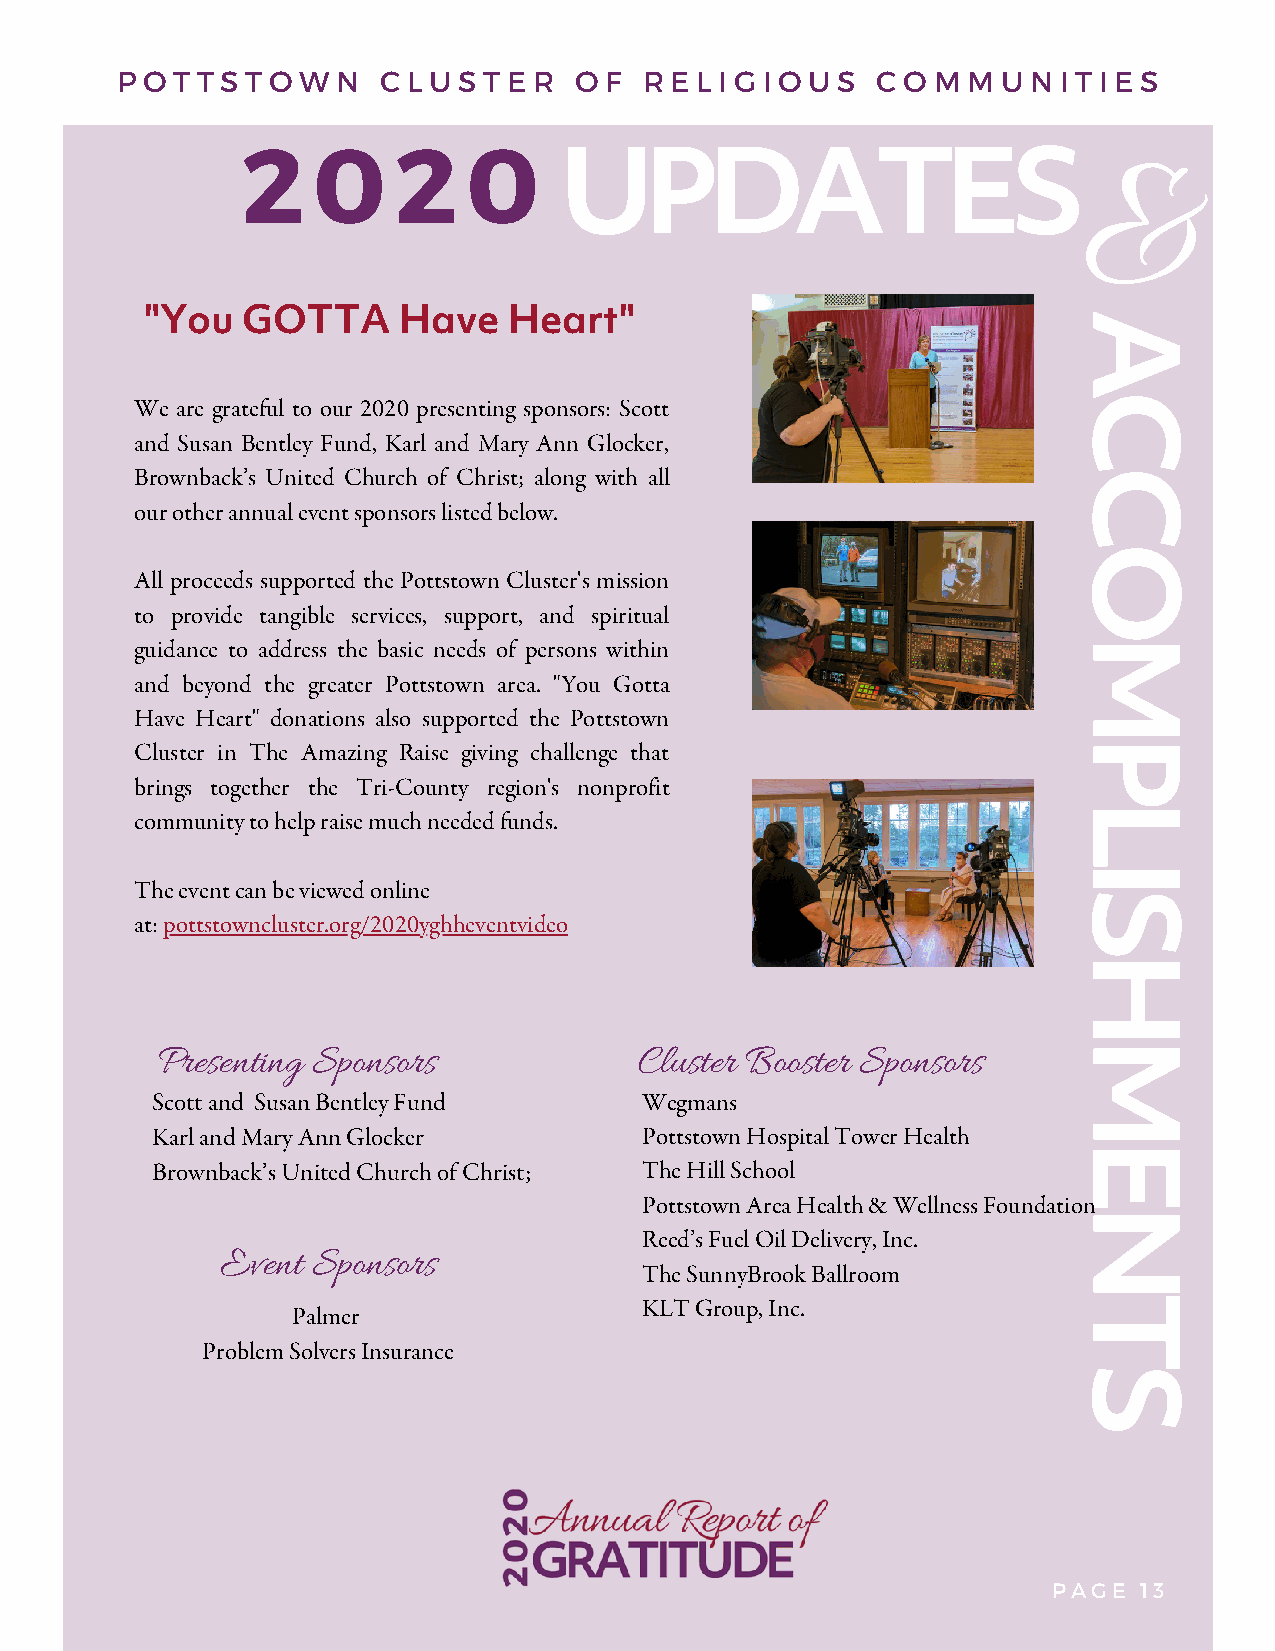
P O T T S T O W N C L U S T E R O F R E L I G I O U S C O M M U N I T I E S
 2    0    2    0
 UPDATES
 &
 "You  GOTTA     Have    Heart"                              A
 C
 We are grateful to our 2020 presenting sponsors: Scott
 and Susan Bentley Fund, Karl and Mary Ann Glocker,
 Brownback’s United Church of Christ; along with all          C
 our other annual event sponsors listed below.
 O
 All proceeds supported the Pottstown Cluster's mission
 to provide tangible services, support, and spiritual
 guidance to address the basic needs of persons within        M
 and beyond the greater Pottstown area. "You Gotta
 Have Heart" donations also supported the Pottstown
 P
 Cluster in The Amazing Raise giving challenge that
 brings together the Tri-County region's nonprofit
 L
 community to help raise much needed funds.
 I
 The event can be viewed online
 S
 at: pottstowncluster.org/2020yghheventvideo
 H
 M
 Presenting Sponsors             Cluster Booster Sponsors
 Scott and Susan Bentley Fund     Wegmans
 Karl and Mary Ann Glocker        Pottstown Hospital Tower Health
 E
 Brownback’s United Church of Christ; The Hill School
 Pottstown Area Health & Wellness Foundation
 N
 Reed’s Fuel Oil Delivery, Inc.
 Event Sponsors
 The SunnyBrook Ballroom
 KLT Group, Inc.            T
 Palmer
 Problem Solvers Insurance
 S
 PAGE  13